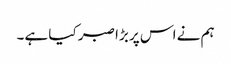
ہم نے اس پر بڑا صبر کیا ہے۔